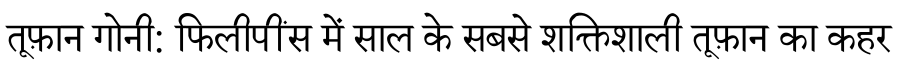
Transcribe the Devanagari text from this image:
तूफ़ान गोनी: फिलीपींस में साल के सबसे शक्तिशाली तूफ़ान का कहर